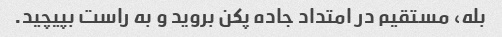
بله، مستقیم در امتداد جاده پکن بروید و به راست بپیچید.